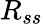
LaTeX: R_{ss}